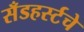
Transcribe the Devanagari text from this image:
सँडहर्स्टचे